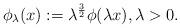
LaTeX: \begin{align*}\phi_\lambda(x):= \lambda^{\frac{3}{2}} \phi(\lambda x), \lambda>0.\end{align*}